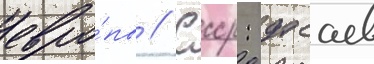
евро́пы // Ссср: дасаев